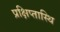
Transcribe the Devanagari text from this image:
प्रक्षिप्तास्थि